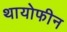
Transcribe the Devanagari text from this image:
थायोफीन